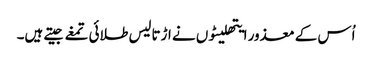
اُس کے معذور ایتھلیٹوں نے اڑتالیس طلائی تمغے جیتے ہیں۔